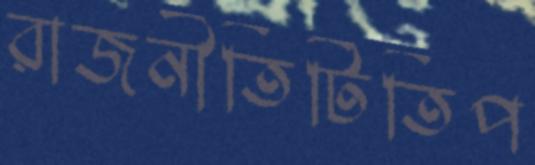
রাজনীতিটিতিপ